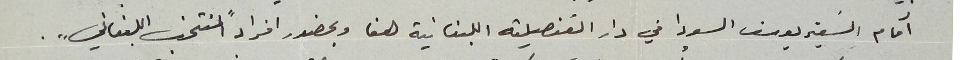
أمام السَفير يوسف السودا في دار القنصلية اللبنانية هنا وبحضور افراد "المنتخب اللبناني".